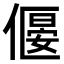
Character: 𠍾